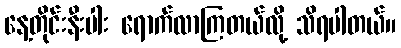
နေ့တိုင်းနီးပါး ရောက်လာကြတယ်လို့ သိရပါတယ်။